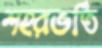
শহরভর্তি